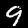
Digit: 9